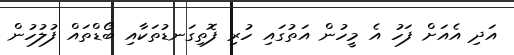
އަދި އެއަށް ފަހު އެ މީހުން އަތުގައި ހުރި ފޮތިގަނޑުތަކާއި ބޯޑްތައް ފުލުހުން